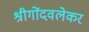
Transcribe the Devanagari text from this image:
श्रीगोंदवलेकर